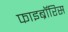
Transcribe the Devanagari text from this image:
फाइब्रॉरिस